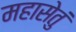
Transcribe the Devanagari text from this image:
महासेतुं